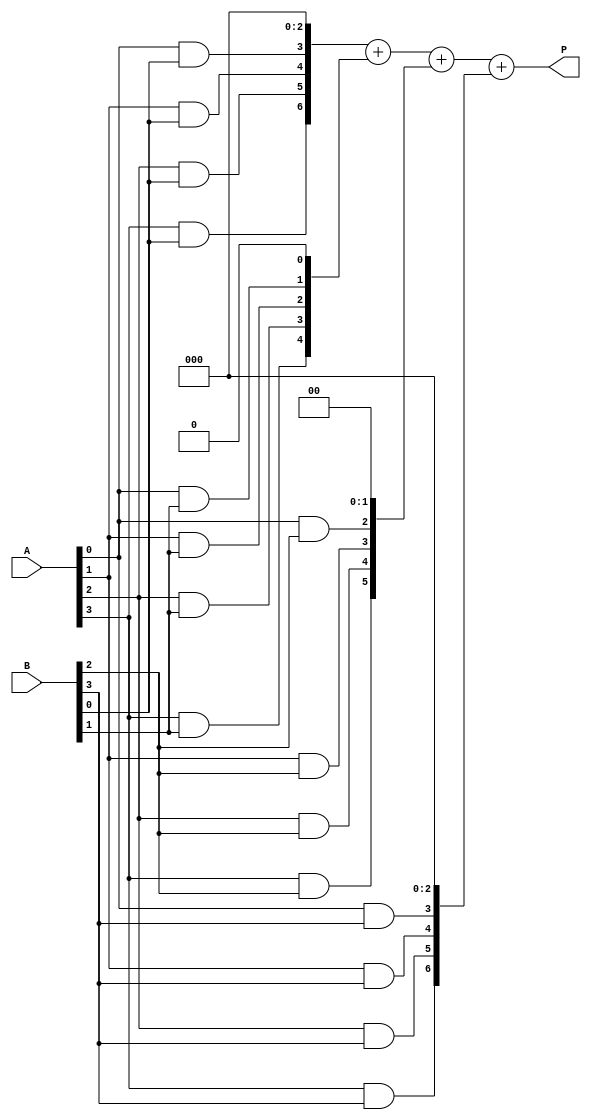
module array_multiplier #(parameter N = 4, M = 4) (
    input [N-1:0] A, // N-bit input
    input [M-1:0] B, // M-bit input
    output [N+M-1:0] P // (N+M)-bit output
);
    
    // Partial products array
    wire [N-1:0] pp[M-1:0]; // M partial products, each N bits wide

    // Generate partial products using AND gates
    genvar i, j;
    generate
        for (i = 0; i < M; i = i + 1) begin : partial_products
            for (j = 0; j < N; j = j + 1) begin : and_gate
                assign pp[i][j] = A[j] & B[i]; // AND gate for partial product
            end
        end
    endgenerate

    // Sum the partial products
    wire [N+M-1:0] sum [M-1:0]; // To hold intermediate sums
    assign sum[0] = {pp[0], {M-1{1'b0}}}; // First partial product

    // Adding partial products
    generate
        for (i = 1; i < M; i = i + 1) begin : add_partial_products
            assign sum[i] = sum[i-1] + {pp[i], {i{1'b0}}}; // Shift and add
        end
    endgenerate

    // Final product output
    assign P = sum[M-1]; // The final sum is the product

endmodule